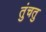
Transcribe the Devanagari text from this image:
तुंचतु